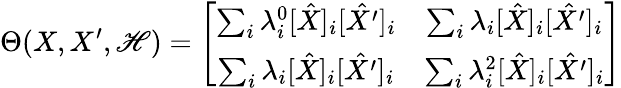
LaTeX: \Theta(X,X^{\prime},\mathscr{H})=\left[{\begin{array}{cc}{\sum_{i}\lambda_{i}^{0}[\hat{X}]_{i}[\hat{X^{\prime}}]_{i}}&{\sum_{i}\lambda_{i}[\hat{X}]_{i}[\hat{X^{\prime}}]_{i}}\\ {\sum_{i}\lambda_{i}[\hat{X}]_{i}[\hat{X^{\prime}}]_{i}}&{\sum_{i}\lambda_{i}^{2}[\hat{X}]_{i}[\hat{X^{\prime}}]_{i}}\end{array}}\right]